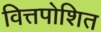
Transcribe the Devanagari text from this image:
वित्तपोशित